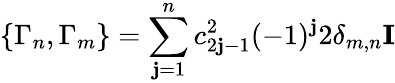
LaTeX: \{ \Gamma_{n},\Gamma_{m}\} =\sum_{\mathbf{j}=1}^{n}c_{2\mathbf{j}-1}^{2}(-1)^{\mathbf{j}}2\delta_{m,n}{\mathbf{I}}